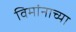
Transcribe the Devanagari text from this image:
विमांनाच्या